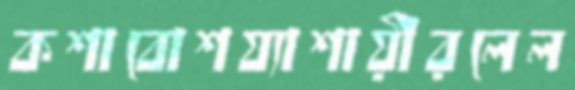
কশাবোশয্যাশায়ীরলেল